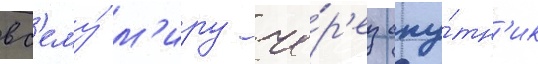
вс'ему́ м'иру че́р'ез спу́тн'ик